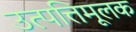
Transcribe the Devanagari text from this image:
उत्पत्तिमूलक